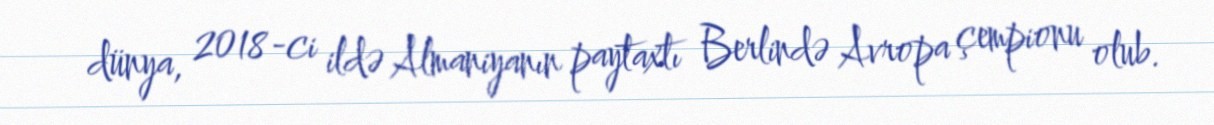
dünya, 2018-ci ildə Almaniyanın paytaxtı Berlində Avropa çempionu olub.